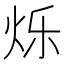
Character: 烁